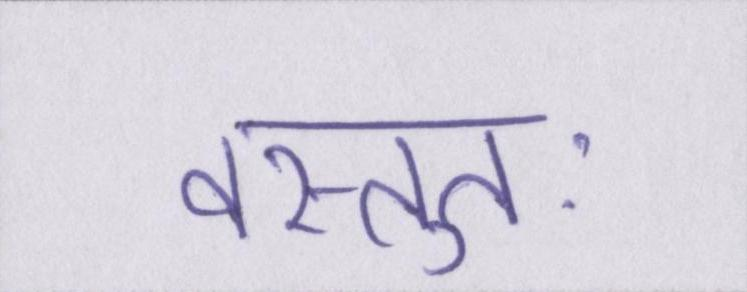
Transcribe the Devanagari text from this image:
वस्तुतः